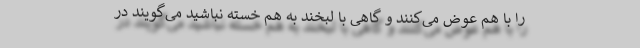
را با هم عوض می‌کنند و گاهی با لبخند به هم خسته نباشید می‌گویند در